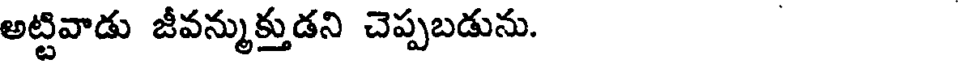
అట్టివాడు జీవన్ముక్తుడని చెప్పబడును.